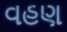
વહણ